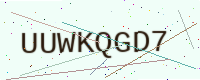
Text: UUWKQGD7